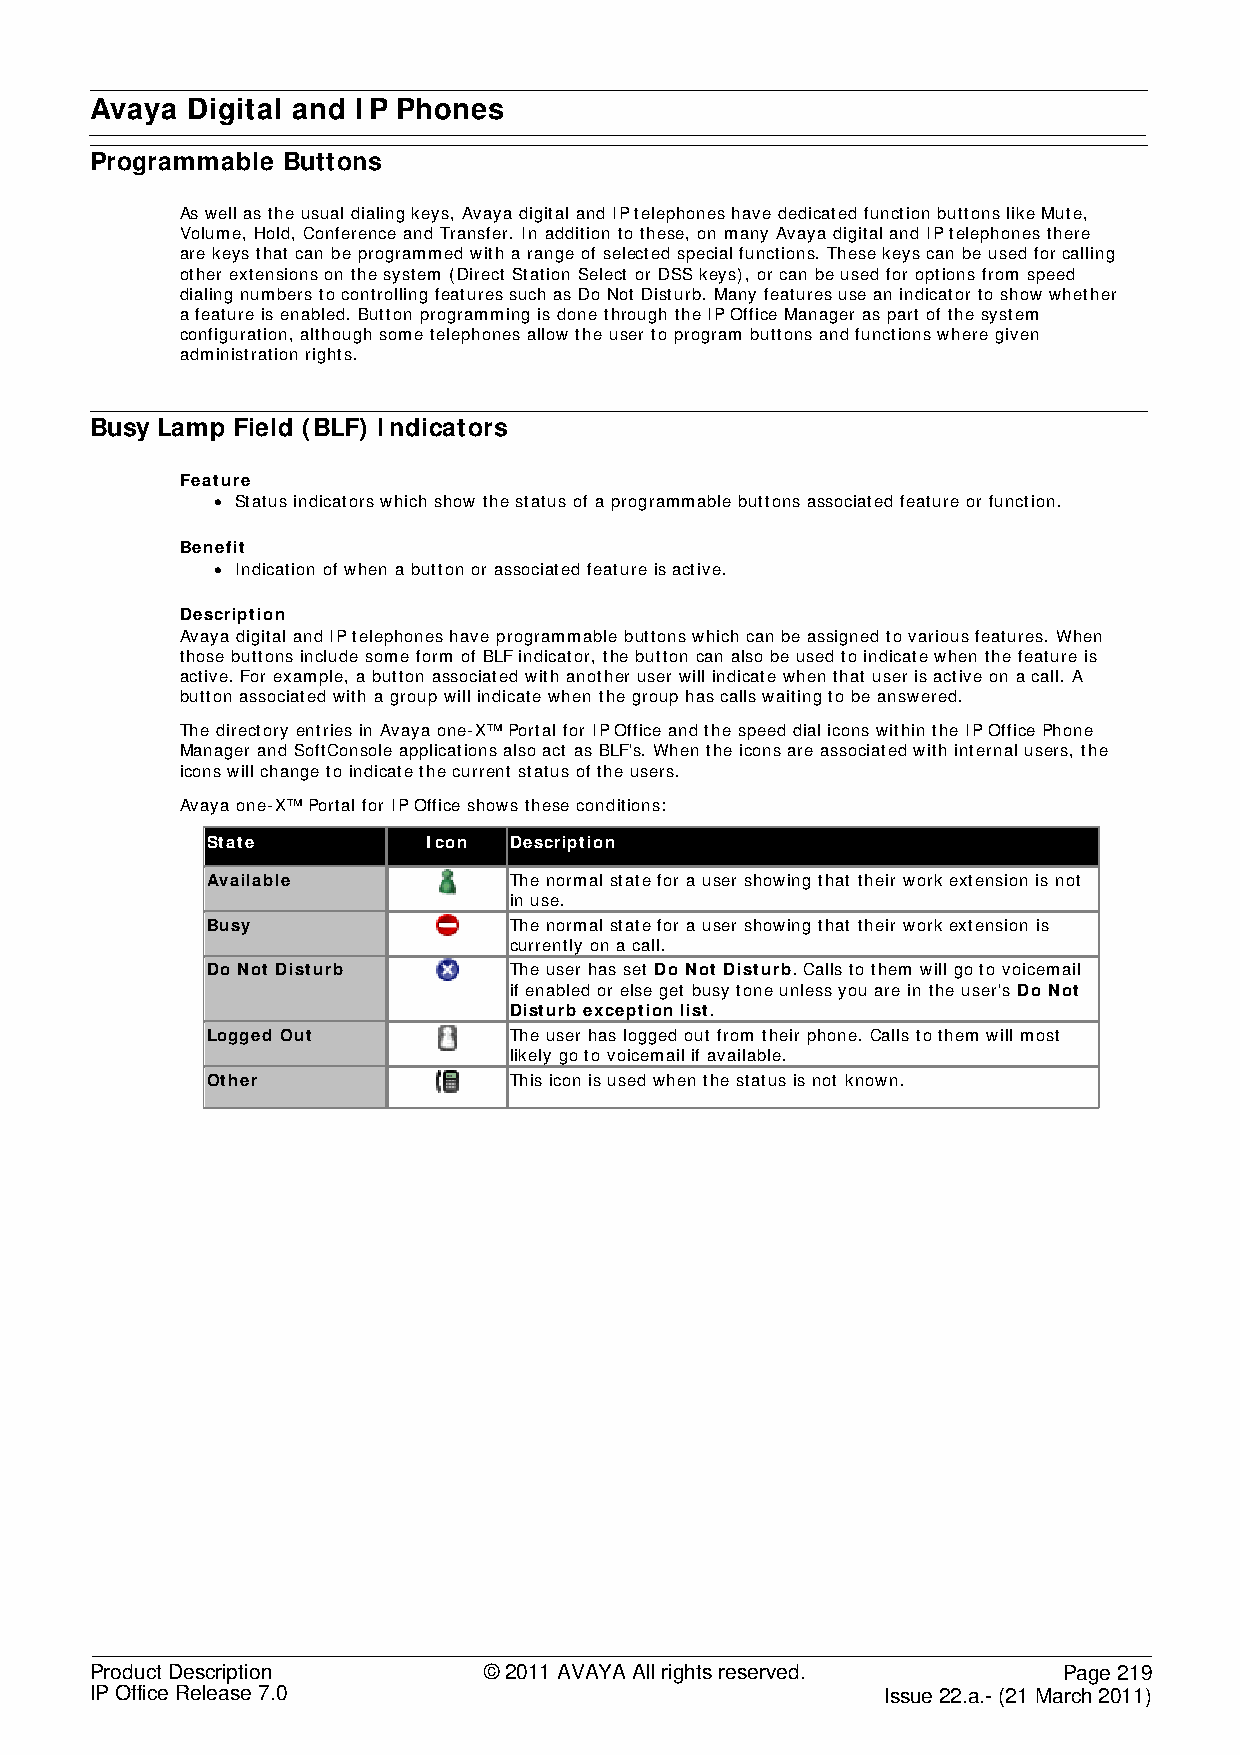
Avaya Digital and IP Phones
 Programmable Buttons
 As well as the usual dialing keys, Avaya digital and IP telephones have dedicated function buttons like Mute,
 Volume, Hold, Conference and Transfer. In addition to these, on many Avaya digital and IP telephones there
 are keys that can be programmed with a range of selected special functions. These keys can be used for calling
 other extensions on the system (Direct Station Select or DSS keys), or can be used for options from speed
 dialing numbers to controlling features such as Do Not Disturb. Many features use an indicator to show whether
 a feature is enabled. Button programming is done through the IP Office Manager as part of the system
 configuration, although some telephones allow the user to program buttons and functions where given
 administration rights.
 Busy Lamp Field (BLF) Indicators
 Feature
 • Status indicators which show the status of a programmable buttons associated feature or function.
 Benefit
 • Indication of when a button or associated feature is active.
 Description
 Avaya digital and IP telephones have programmable buttons which can be assigned to various features. When
 those buttons include some form of BLF indicator, the button can also be used to indicate when the feature is
 active. For example, a button associated with another user will indicate when that user is active on a call. A
 button associated with a group will indicate when the group has calls waiting to be answered.
 The directory entries in Avaya one-X™ Portal for IP Office and the speed dial icons within the IP Office Phone
 Manager and SoftConsole applications also act as BLF's. When the icons are associated with internal users, the
 icons will change to indicate the current status of the users.
 Avaya one-X™ Portal for IP Office shows these conditions:
 State         Icon  Description
 Available           The normal state for a user showing that their work extension is not
 in use.
 Busy                The normal state for a user showing that their work extension is
 currently on a call.
 Do Not Disturb      The user has set Do Not Disturb. Calls to them will go to voicemail
 if enabled or else get busy tone unless you are in the user's Do Not
 Disturb exception list.
 Logged Out          The user has logged out from their phone. Calls to them will most
 likely go to voicemail if available.
 Other               This icon is used when the status is not known.
 Product Description       © 2011 AVAYA All rights reserved.     Page 219
 IP Office Release 7.0                                Issue 22.a.- (21 March 2011)